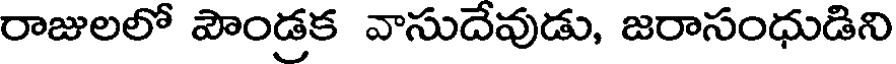
రాజులలో పౌండ్రక వాసుదేవుడు, జరాసంధుడిని